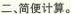
二、简便计算。